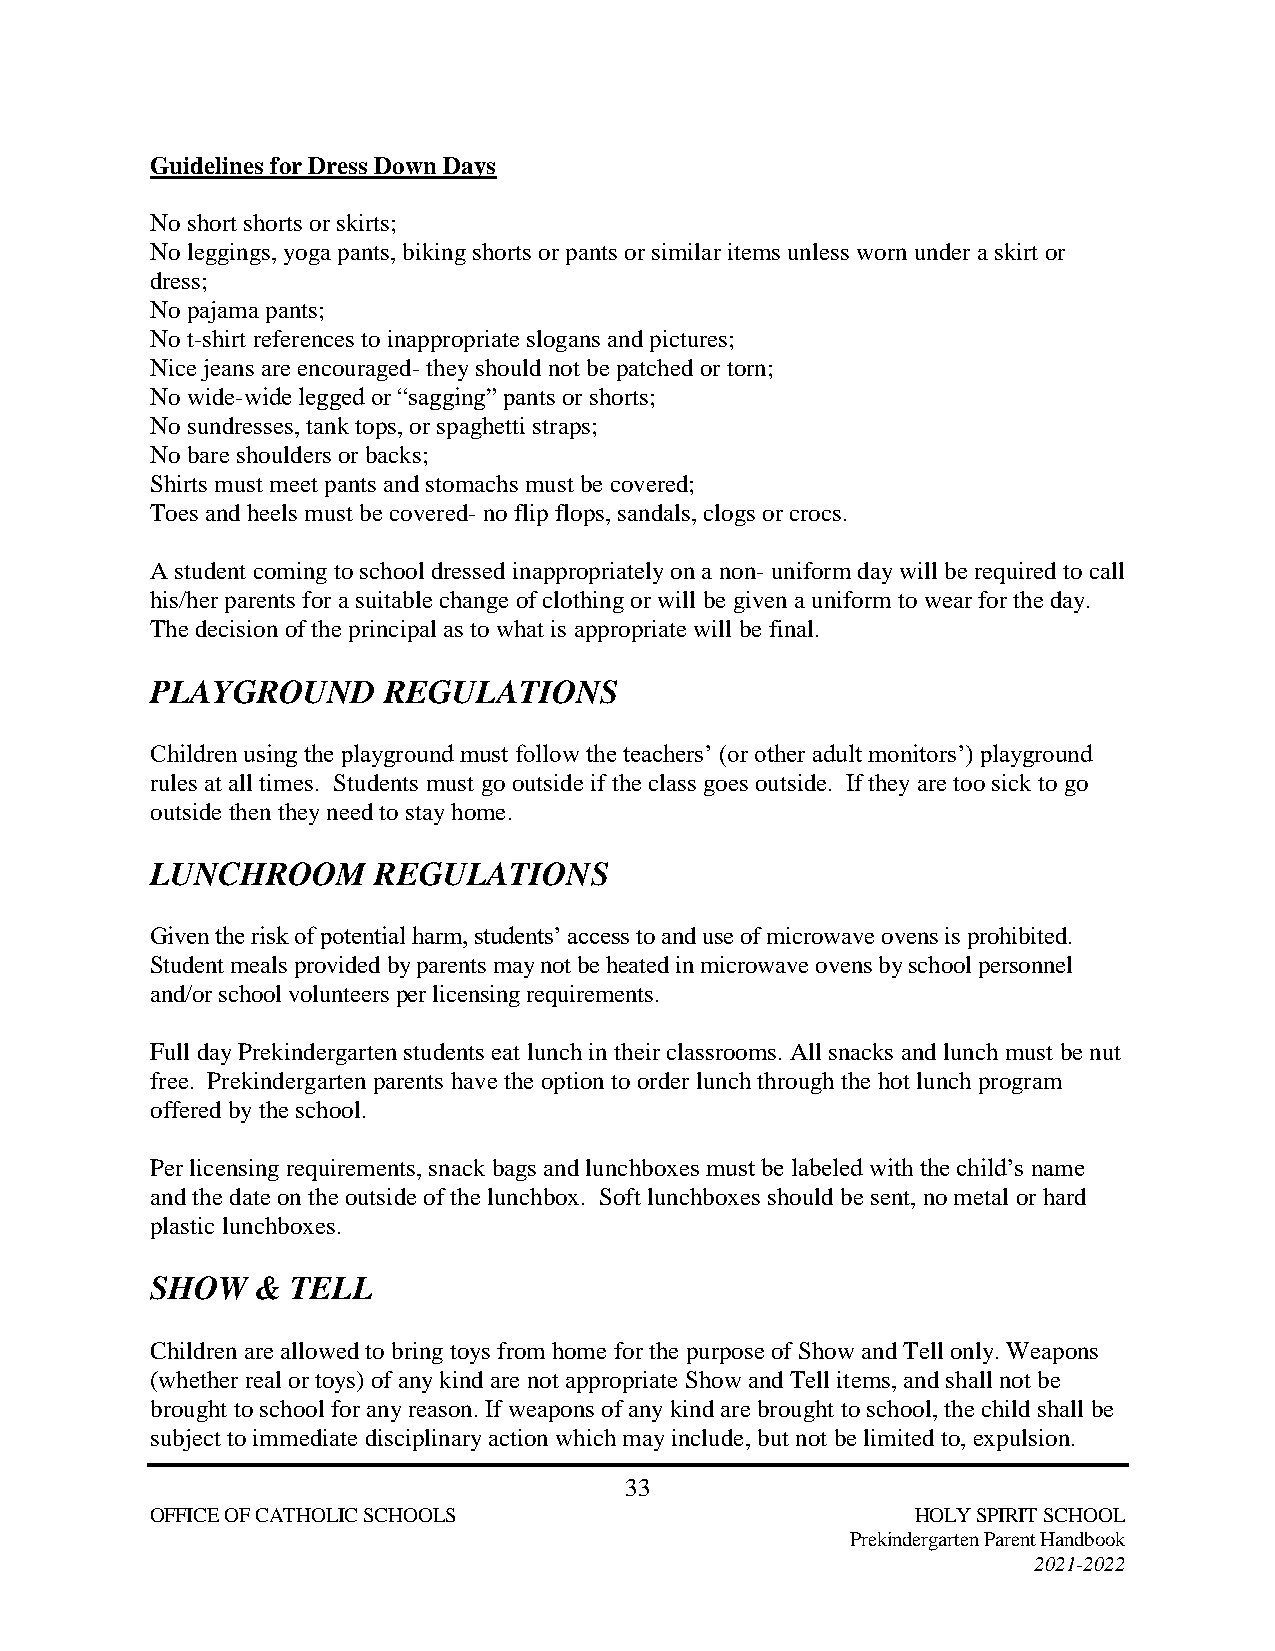
Guidelines for Dress Down Days
 No short shorts or skirts;
 No leggings, yoga pants, biking shorts or pants or similar items unless worn under a skirt or
 dress;
 No pajama pants;
 No t-shirt references to inappropriate slogans and pictures;
 Nice jeans are encouraged- they should not be patched or torn;
 No wide-wide legged or “sagging” pants or shorts;
 No sundresses, tank tops, or spaghetti straps;
 No bare shoulders or backs;
 Shirts must meet pants and stomachs must be covered;
 Toes and heels must be covered- no flip flops, sandals, clogs or crocs.
 A student coming to school dressed inappropriately on a non- uniform day will be required to call
 his/her parents for a suitable change of clothing or will be given a uniform to wear for the day.
 The decision of the principal as to what is appropriate will be final.
 PLAYGROUND     REGULATIONS
 Children using the playground must follow the teachers’ (or other adult monitors’) playground
 rules at all times. Students must go outside if the class goes outside. If they are too sick to go
 outside then they need to stay home.
 LUNCHROOM      REGULATIONS
 Given the risk of potential harm, students’ access to and use of microwave ovens is prohibited.
 Student meals provided by parents may not be heated in microwave ovens by school personnel
 and/or school volunteers per licensing requirements.
 Full day Prekindergarten students eat lunch in their classrooms. All snacks and lunch must be nut
 free. Prekindergarten parents have the option to order lunch through the hot lunch program
 offered by the school.
 Per licensing requirements, snack bags and lunchboxes must be labeled with the child’s name
 and the date on the outside of the lunchbox. Soft lunchboxes should be sent, no metal or hard
 plastic lunchboxes.
 SHOW   & TELL
 Children are allowed to bring toys from home for the purpose of Show and Tell only. Weapons
 (whether real or toys) of any kind are not appropriate Show and Tell items, and shall not be
 brought to school for any reason. If weapons of any kind are brought to school, the child shall be
 subject to immediate disciplinary action which may include, but not be limited to, expulsion.
 33
 OFFICE OF CATHOLIC SCHOOLS                         HOLY SPIRIT SCHOOL
 Prekindergarten Parent Handbook
 2021-2022